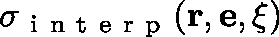
\sigma _ { \mathrm { ~ i ~ n ~ t ~ e ~ r ~ p ~ } } ( \mathbf { r } , \mathbf { e } , \mathbf { \xi } )